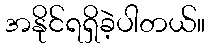
အနိုင်ရရှိခဲ့ပါတယ်။